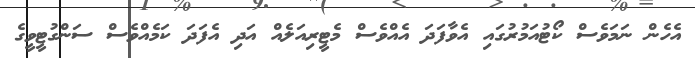
އެހެން ނަމަވެސް ކޯޓުއަމުރުގައި އެވާފަދަ އެއްވެސް މެޓީރިއަލެއް އަދި އެފަދަ ކަމެއްވެސް ސަންގުޓީވީގެ